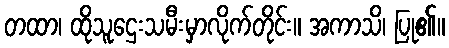
တထာ၊ ထိုသူဌေးသမီးမှာလိုက်တိုင်း။ အကာသိ၊ ပြု၏။